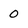
Character: 0